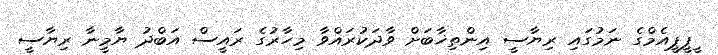
ީޕީޕީއެމްގެ ނަމުގައި ރިޔާސީ އިންތިޚާބަށް ވާދަކުރައްވާ މިހާރުގެ ރައީސް އަބްދު ޔާމީނާ ރިޔާސީ